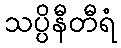
သပ္ပိနီတီရံ